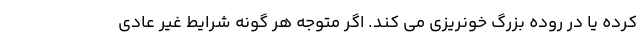
کرده یا در روده بزرگ خونریزی می کند. اگر متوجه هر گونه شرایط غیر عادی